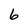
Character: 6